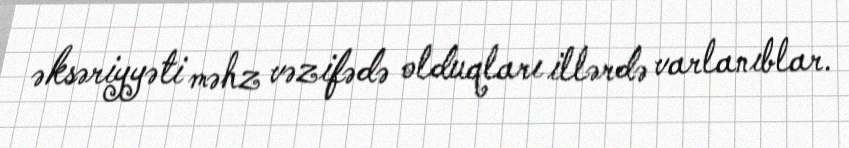
əksəriyyəti məhz vəzifədə olduqları illərdə varlanıblar.